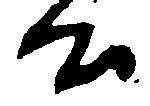
公